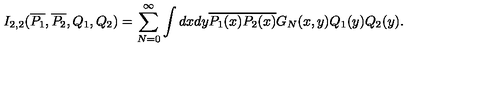
I _ { 2 , 2 } ( \overline { { P _ { 1 } } } , \overline { { P _ { 2 } } } , Q _ { 1 } , Q _ { 2 } ) = \sum _ { N = 0 } ^ { \infty } \int d x d y \overline { { P _ { 1 } ( x ) } } \overline { { P _ { 2 } ( x ) } } G _ { N } ( x , y ) Q _ { 1 } ( y ) Q _ { 2 } ( y ) .